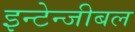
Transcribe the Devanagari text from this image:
इन्टेन्जीबल